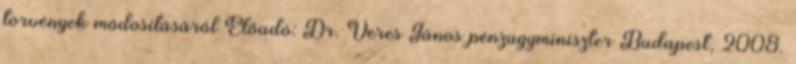
törvények módosításáról Előadó: Dr. Veres János pénzügyminiszter Budapest, 2008.